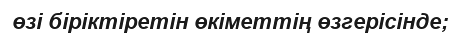
өзi бiрiктiретiн өкiметтiң өзгерiсiнде;